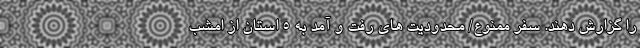
را گزارش دهند. سفر ممنوع/ محدودیت های رفت و آمد به ۵ استان از امشب